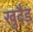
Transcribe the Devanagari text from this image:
खुदैड़